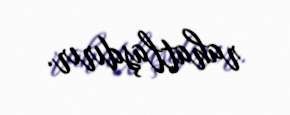
rahatlaşdırır.